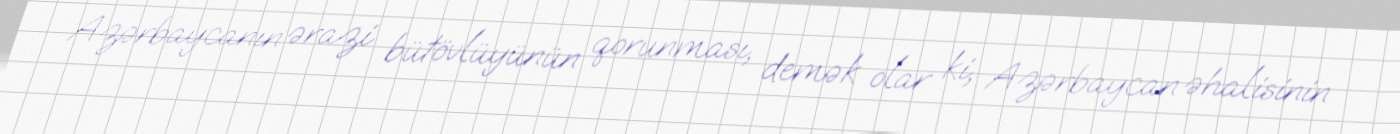
Azərbaycanın ərazi bütövlüyünün qorunması, demək olar ki, Azərbaycan əhalisinin